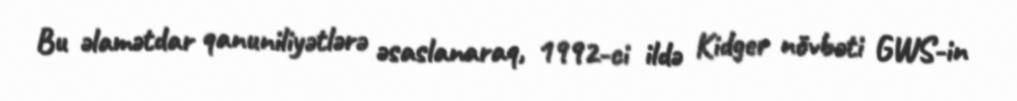
Bu əlamətdar qanuniliyətlərə əsaslanaraq, 1992-ci ildə Kidger növbəti GWS-in